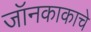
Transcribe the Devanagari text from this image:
जॉनकाकाचे